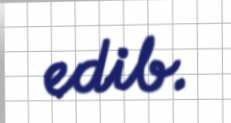
edib.